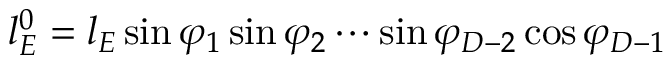
l _ { E } ^ { 0 } = l _ { E } \sin \varphi _ { 1 } \sin \varphi _ { 2 } \cdots \sin \varphi _ { D - 2 } \cos \varphi _ { D - 1 }